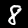
Digit: 8